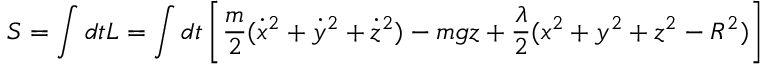
S = \int d t L = \int d t \left[ { \frac { m } { 2 } } ( { \dot { x } } ^ { 2 } + { \dot { y } } ^ { 2 } + { \dot { z } } ^ { 2 } ) - m g z + { \frac { \lambda } { 2 } } ( x ^ { 2 } + y ^ { 2 } + z ^ { 2 } - R ^ { 2 } ) \right]